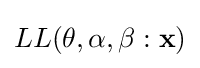
LL(\mathbf {\theta } ,\alpha ,\beta :{\mathbf {x} })